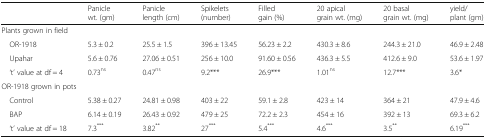
|  | Panicle wt. (gm) | Panicle length (cm) | Spikelets (number) | Filled gain (%) | 20 apical grain wt. (mg) | 20 basal grain wt. (mg) | yield/plant (gm) |
 | --- | --- | --- | --- | --- | --- | --- | --- |
 | <COLSPAN=8> Plants grown in field |
 | OR-1918 | 5.3 ± 0.2 | 25.5 ± 1.5 | 396 ± 13.45 | 56.23 ± 2.2 | 430.3 ± 8.6 | 244.3 ± 21.0 | 46.9 ± 2.48 |
 | Upahar | 5.6 ± 0.76 | 27.06 ± 0.51 | 256 ± 10.0 | 91.60 ± 0.56 | 436.3 ± 5.5 | 412.6 ± 9.0 | 53.6 ± 1.97 |
 | ‘t’ value at df = 4 | 0.73ns | 0.47ns | 9.2*** | 26.9*** | 1.01ns | 12.7*** | 3.6* |
 | <COLSPAN=8> OR-1918 grown in pots |
 | Control | 5.38 ± 0.27 | 24.81 ± 0.98 | 403 ± 22 | 59.1 ± 2.8 | 423 ± 14 | 364 ± 21 | 47.9 ± 4.6 |
 | BAP | 6.14 ± 0.19 | 26.43 ± 0.92 | 479 ± 25 | 72.2 ± 2.3 | 454 ± 16 | 392 ± 13 | 69.3 ± 6.2 |
 | ‘t’ value at df = 18 | 7.3*** | 3.82** | 27*** | 5.4*** | 4.6*** | 3.5** | 6.19*** |